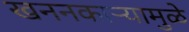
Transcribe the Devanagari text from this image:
खननकाऱ्यामुळे